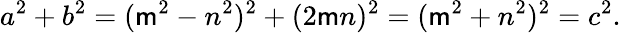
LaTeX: a^{2}+b^{2}=(\mathsf{m}^{2}-n^{2})^{2}+(2\mathsf{m}n)^{2}=(\mathsf{m}^{2}+n^{2})^{2}=c^{2}.